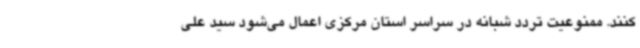
کنند. ممنوعیت تردد شبانه در سراسر استان مرکزی اعمال می‌شود سید علی